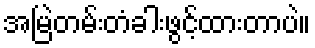
အမြဲတမ်းတံခါးဖွင့်ထားတာပဲ။